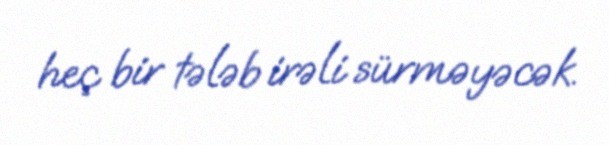
heç bir tələb irəli sürməyəcək.